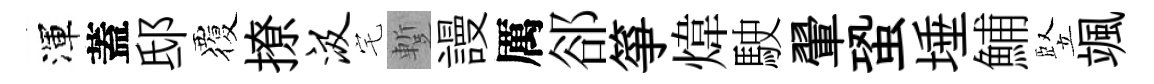
渾蓋邸覆撩汲宅蹔謾厲郤箏煒駛翬蛩埵鯆竪颯